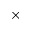
\times